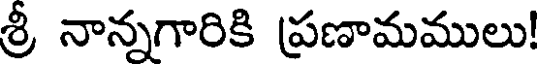
శ్రీ నాన్నగారికి ప్రణామములు!